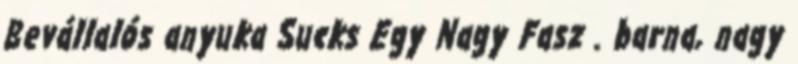
Bevállalós anyuka Sucks Egy Nagy Fasz . barna, nagy